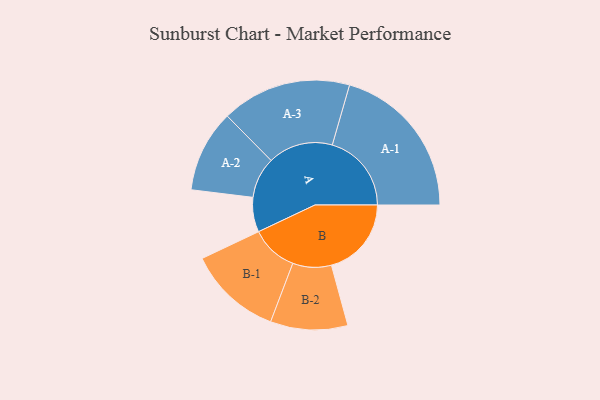
{"axis": {"x": "Segment", "y": "Value"}, "legend": ["", "A", "B"], "data": [{"x": "A", "y": 129, "type": ""}, {"x": "B", "y": 298, "type": ""}, {"x": "A-1", "y": 295, "type": "A"}, {"x": "A-2", "y": 153, "type": "A"}, {"x": "A-3", "y": 242, "type": "A"}, {"x": "B-1", "y": 175, "type": "B"}, {"x": "B-2", "y": 144, "type": "B"}]}